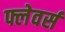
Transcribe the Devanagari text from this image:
फ्लेवर्स